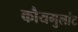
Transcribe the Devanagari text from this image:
कौयगुलांट